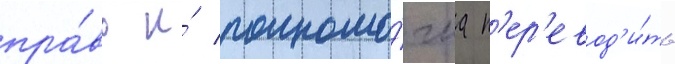
пра́во и́ полномо́чиа п'ер'евод'и́ть